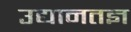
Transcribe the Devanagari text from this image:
उद्यानतज्ञ